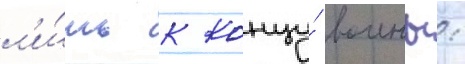
л'и́шь к концу́ воины: